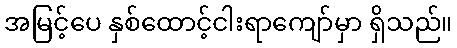
အမြင့်ပေ နှစ်ထောင့်ငါးရာကျော်မှာ ရှိသည်။